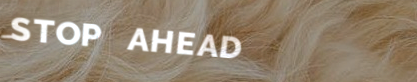
STOP AHEAD